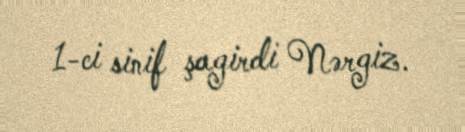
1-ci sinif şagirdi Nərgiz.